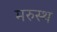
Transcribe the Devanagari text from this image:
मरुस्थ